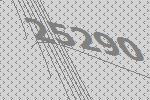
25290